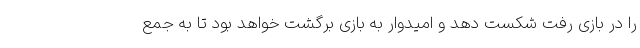
را در بازی رفت شکست دهد و امیدوار به بازی برگشت خواهد بود تا به جمع